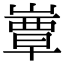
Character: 𡼒